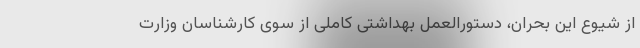
از شیوع این بحران، دستورالعمل بهداشتی کاملی از سوی کارشناسان وزارت